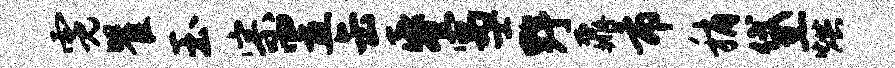
霓瞿玉宗置缶昏寓士野鼐市稍黛烘